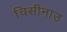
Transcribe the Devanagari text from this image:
चिसीनाउ